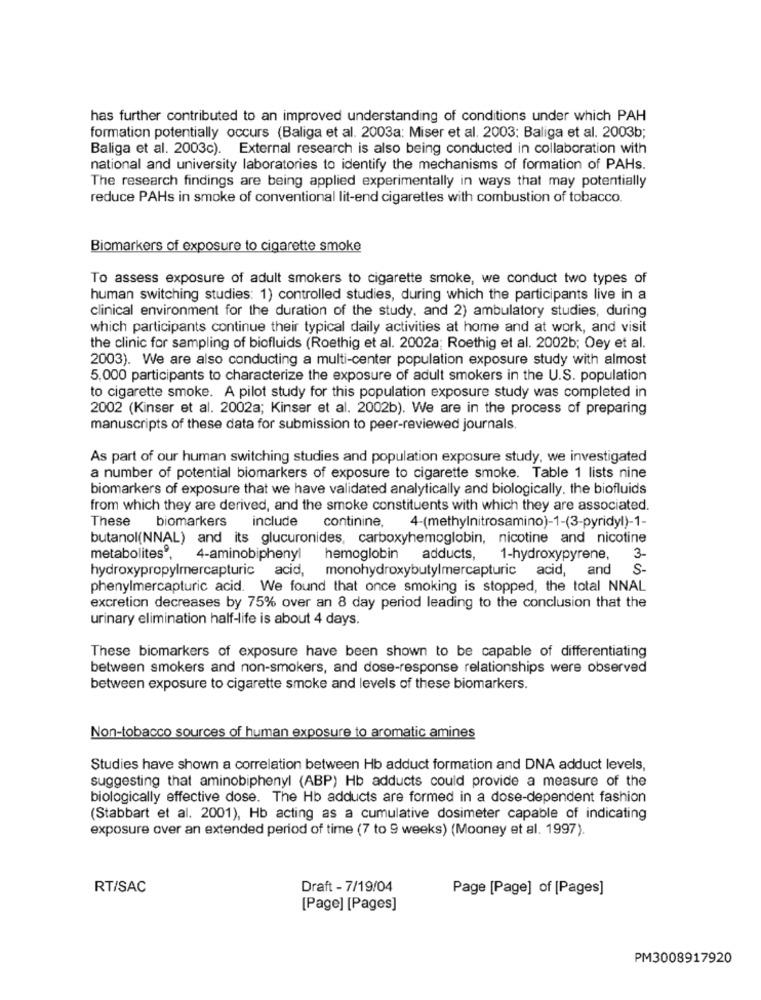
has further contributed to an improved understanding of conditions under which PAH
formation potentially occurs (Baliga et al. 2003a: Miser et al. 2003; Baliga et al. 2003b;
Baliga et al. 2003c). External research is also being conducted in collaboration with
national and university laboratories to identify the mechanisms of formation of PAHs.
The research findings are being applied experimentally in ways that may potentially
reduce PAHs in smoke of conventional lit-end cigarettes with combustion of tobacco.
Biomarkers of exposure to cigarette smoke
To assess exposure of adult smokers to cigarette smoke, we conduct two types of
human switching studies: 1) controlled studies, during which the participants live in a
clinical environment for the duration of the study, and 2) ambulatory studies, during
which participants continue their typical daily activities at home and at work, and visit
the clinic for sampling of biofluids (Roethig et al. 2002a; Roethig et al. 2002b; Oey et al.
2003). We are also conducting a multi-center population exposure study with almost
5,000 participants to characterize the exposure of adult smokers in the U.S. population
to cigarette smoke. A pilot study for this population exposure study was completed in
2002 (Kinser et al. 2002a; Kinser et al. 2002b). We are in the process of preparing
manuscripts of these data for submission to peer-reviewed journals.
As part of our human switching studies and population exposure study, we investigated
a number of potential biomarkers of exposure to cigarette smoke. Table 1 lists nine
biomarkers of exposure that we have validated analytically and biologically. the biofluids
from which they are derived, and the smoke constituents with which they are associated.
These
biomarkers
include
continine,
4-(methylnitrosamino)-1-(3-pyridyl)-1-
butanol(NNAL) and its glucuronides, carboxyhemoglobin, nicotine and nicotine
metabolites",
4-aminobiphenyl
hemoglobin
adducts,
1-hydroxypyrene, 3-
hydroxypropylmercapturic acid, monohydroxybutylmercapturic acid, and
S-
phenylmercapturic acid. We found that once smoking is stopped, the total NNAL
excretion decreases by 75% over an 8 day period leading to the conclusion that the
urinary elimination half-life is about 4 days.
These biomarkers of exposure have been shown to be capable of differentiating
between smokers and non-smokers, and dose-response relationships were observed
between exposure to cigarette smoke and levels of these biomarkers.
Non-tobacco sources of human exposure to aromatic amines
Studies have shown a correlation between Hb adduct formation and DNA adduct levels,
suggesting that aminobiphenyl (ABP) Hb adducts could provide a measure of the
biologically effective dose. The Hb adducts are formed in a dose-dependent fashion
(Stabbart et al. 2001), Hb acting as a cumulative dosimeter capable of indicating
exposure over an extended period of time (7 to 9 weeks) (Mooney et al. 1997).
RT/SAC
Draft - 7/19/04
Page [Page] of [Pages]
[Page] [Pages]
PM3008917920